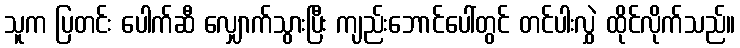
သူက ပြတင်း ပေါက်ဆီ လျှောက်သွားပြီး ကျည်းဘောင်ပေါ်တွင် တင်ပါးလွှဲ ထိုင်လိုက်သည်။